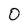
Character: 0